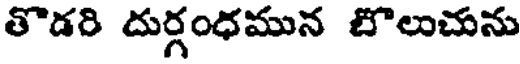
తొడరి దుర్గంధమున బొలుచును